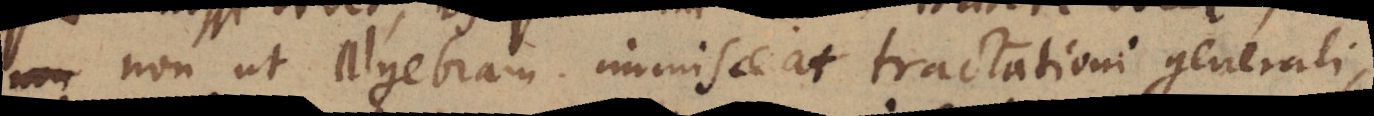
non non ut Algebram immisceat tractationi generali,